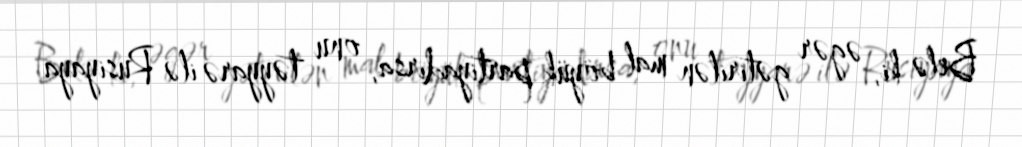
Belə ki, əgər gətirilən mal böyük partiyadırsa, onu təyyarə ilə Rusiyaya